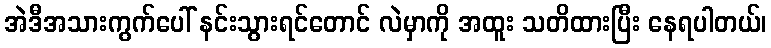
အဲဒီအသားကွက်ပေါ် နင်းသွားရင်တောင် လဲမှာကို အထူး သတိထားပြီး နေရပါတယ်၊